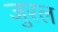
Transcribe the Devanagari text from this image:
जुरल